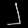
Digit: ၂